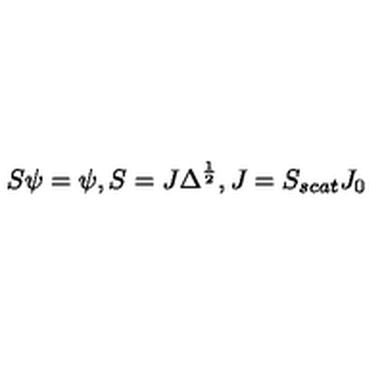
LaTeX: S \psi = \psi , S = J \Delta ^ { \frac { 1 } { 2 } } , J = S _ { s c a t } J _ { 0 }